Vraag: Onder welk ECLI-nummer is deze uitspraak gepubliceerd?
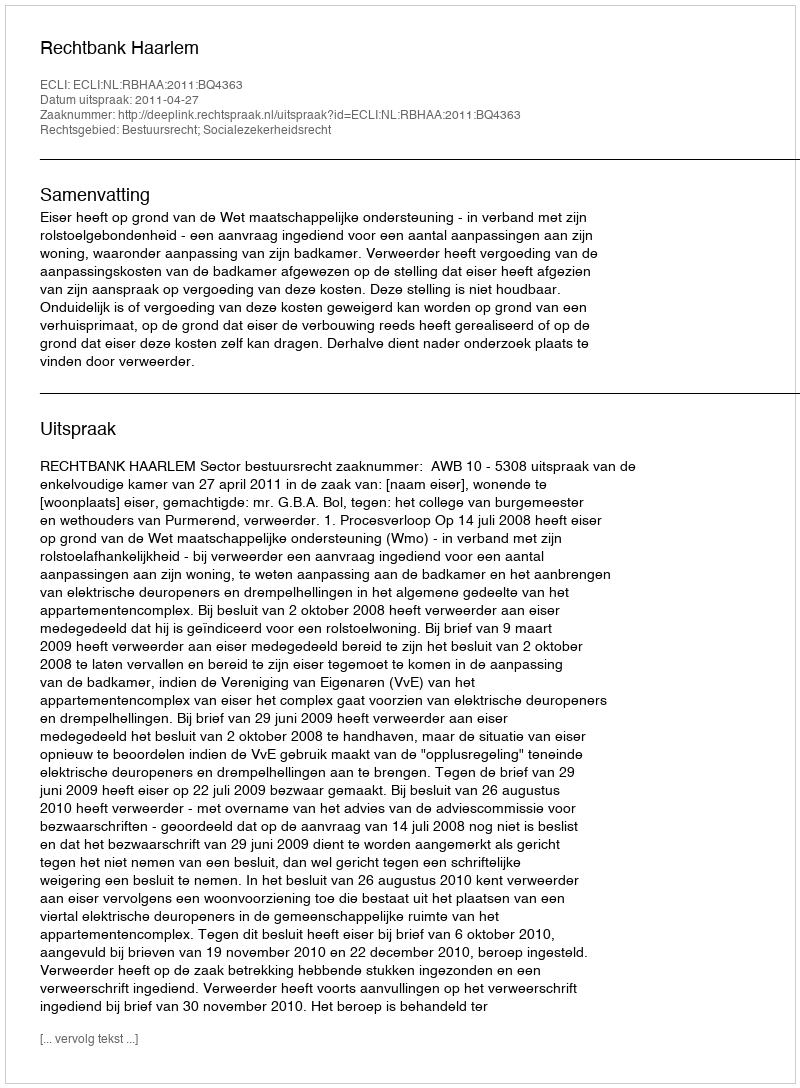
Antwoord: ECLI:NL:RBHAA:2011:BQ4363